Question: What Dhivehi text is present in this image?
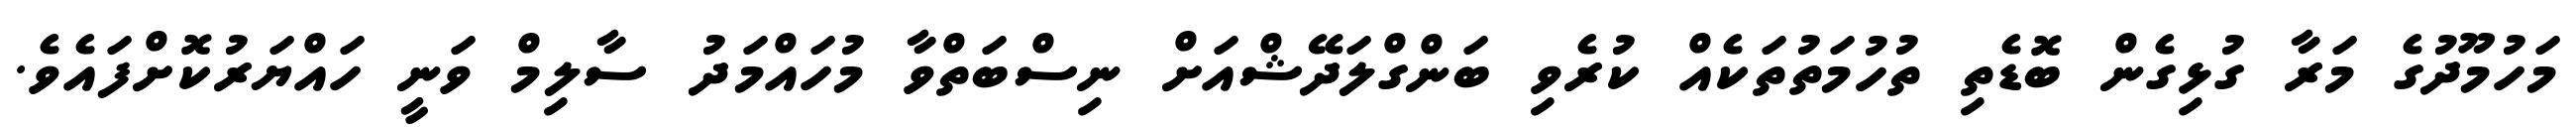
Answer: މަހުމޫދުގެ މަރާ ގުޅިގެން ބޮޑެތި ތުހުމަތުތަކެއް ކުރެވި ބަންގްލަދޭޝްއަށް ނިސްބަތްވާ މުހައްމަދު ސާލިމް ވަނީ ހައްޔަރުކޮށްފައެވެ.